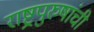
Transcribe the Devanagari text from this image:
राष्ट्रपुरुषांची